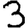
Digit: 3